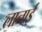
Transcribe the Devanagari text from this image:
लानाई